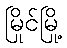
မြိုင်မြို့